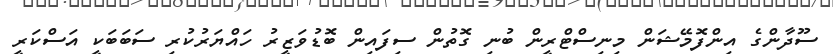
ސޫދާންގެ އިންފޮމޭޝަން މިނިސްޓްރީން ބުނި ގޮތުން ސިފައިން ބޮޑުވަޒީރު ހައްޔަރުކުރި ސަބަބަކީ އަސްކަރީ